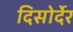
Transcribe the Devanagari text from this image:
दिसोर्देर